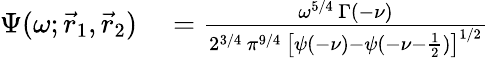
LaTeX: \begin{array}{rl}{\Psi(\omega;\vec{r}_{1},\vec{r}_{2})}&{{}=\frac{\omega^{5/4}\, \Gamma(-\nu)}{2^{3/4}\, \pi^{9/4}\, \bigl[\psi(-\nu)-\psi(-\nu-\frac{1}{2})\bigr]^{1/2}}}\end{array}